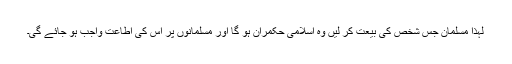
لہذا مسلمان جس شخص کی بیعت کر لیں وہ اسلامی حکمران ہو گا اور مسلمانوں پر اس کی اطاعت واجب ہو جائے گی۔